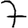
Digit: 7